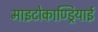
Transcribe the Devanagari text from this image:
माइटोकाण्ड्रियाई